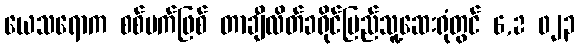
ယေသရောက စစ်မက်ဖြစ် တာချီလိတ်ခရိုင်ပြည်သူ့ဆေးရုံတွင် 6,2 ၀၂၃